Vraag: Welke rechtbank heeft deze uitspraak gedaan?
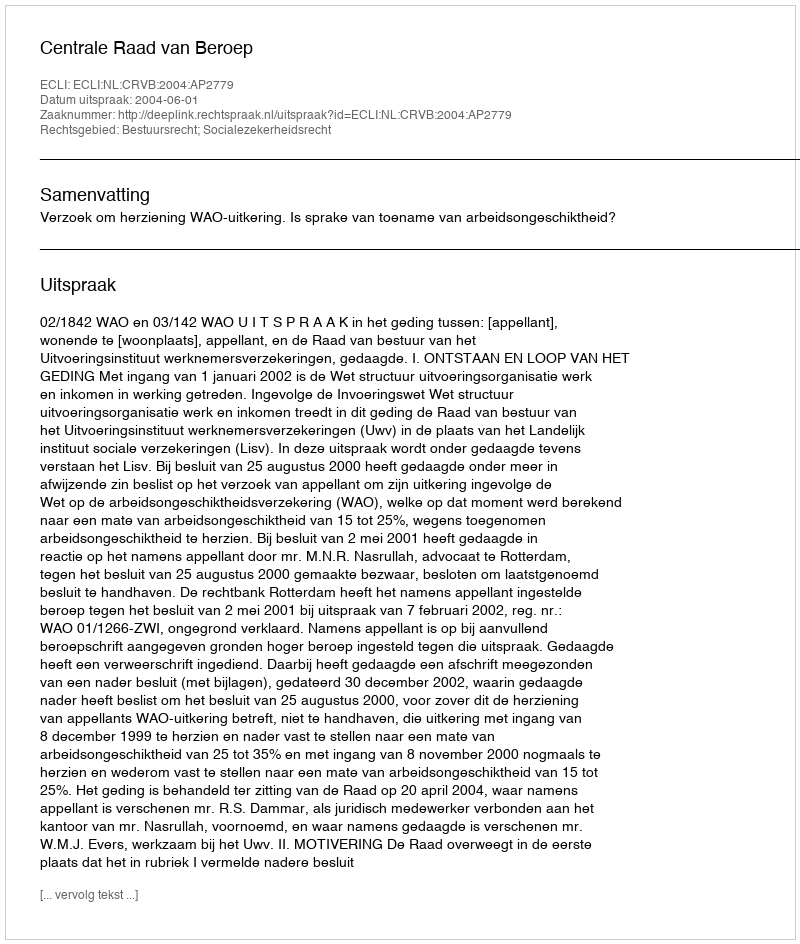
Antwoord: Centrale Raad van Beroep